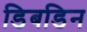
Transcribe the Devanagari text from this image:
डिबडिन